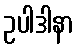
ဥပါဒါနာ